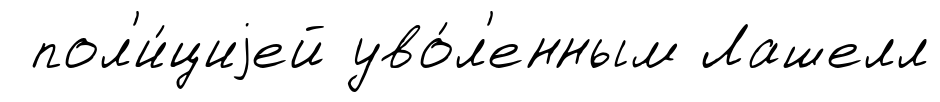
пол'и́циjей уво́л'енным Лашелл